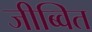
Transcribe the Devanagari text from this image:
जीब्वित